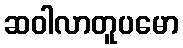
ဆဝါလာတူပမော